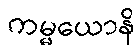
ကမ္မယောနိ